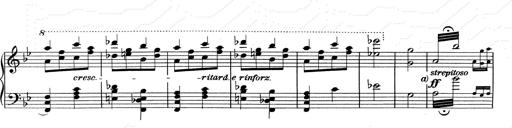
Title: RÃ©miniscences de Don Juan
Composer: Franz Liszt